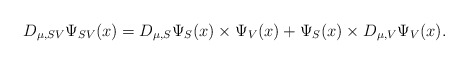
\begin{align*}D_{\mu,SV}\Psi_{SV}(x)= D_{\mu,S}\Psi_{S}(x)\times\Psi_{V}(x) +\Psi_{S}(x)\times D_{\mu,V}\Psi_{V}(x). \end{align*}